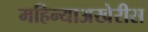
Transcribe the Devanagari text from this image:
महिन्याअखेरीस